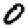
Digit: 0